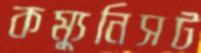
কম্যুনিসট